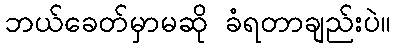
ဘယ်ခေတ်မှာမဆို ခံရတာချည်းပဲ။